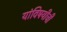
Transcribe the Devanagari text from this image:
यांविषयीची